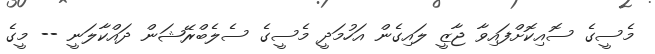
މެސީގެ ސޮއިކޮށްފައިވާ ޖާޒީ ލައިގެން އަހުމަދީ މެސީގެ ސެލެބްރޭޝަން ދައްކާލަނީ -- މީގެ